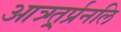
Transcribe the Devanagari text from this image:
आत्र्ग्त्र्र्प्रनलि